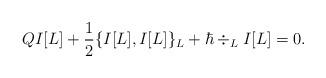
LaTeX: \begin{align*} QI[L] + \frac{1}{2}\{I[L],I[L]\}_L + \hbar \div_LI[L] = 0. \end{align*}